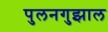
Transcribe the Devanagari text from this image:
पुलनगुझाल